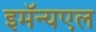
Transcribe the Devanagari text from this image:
इमॅन्यएल